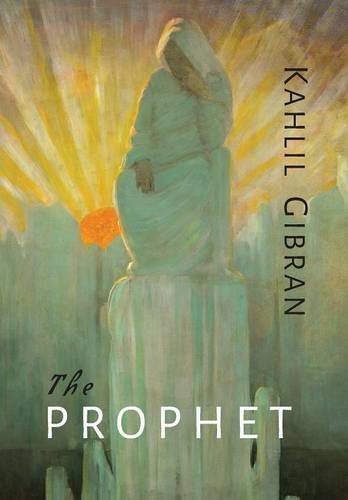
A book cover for The Prophet; Kahlil Gibran; Literature & Fiction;